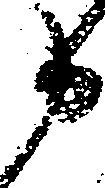
申